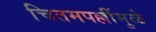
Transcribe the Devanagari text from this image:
चितमपल्लींमुळे